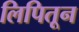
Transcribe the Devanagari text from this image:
लिपितून